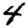
Digit: 4